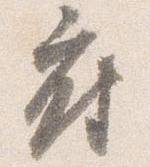
府